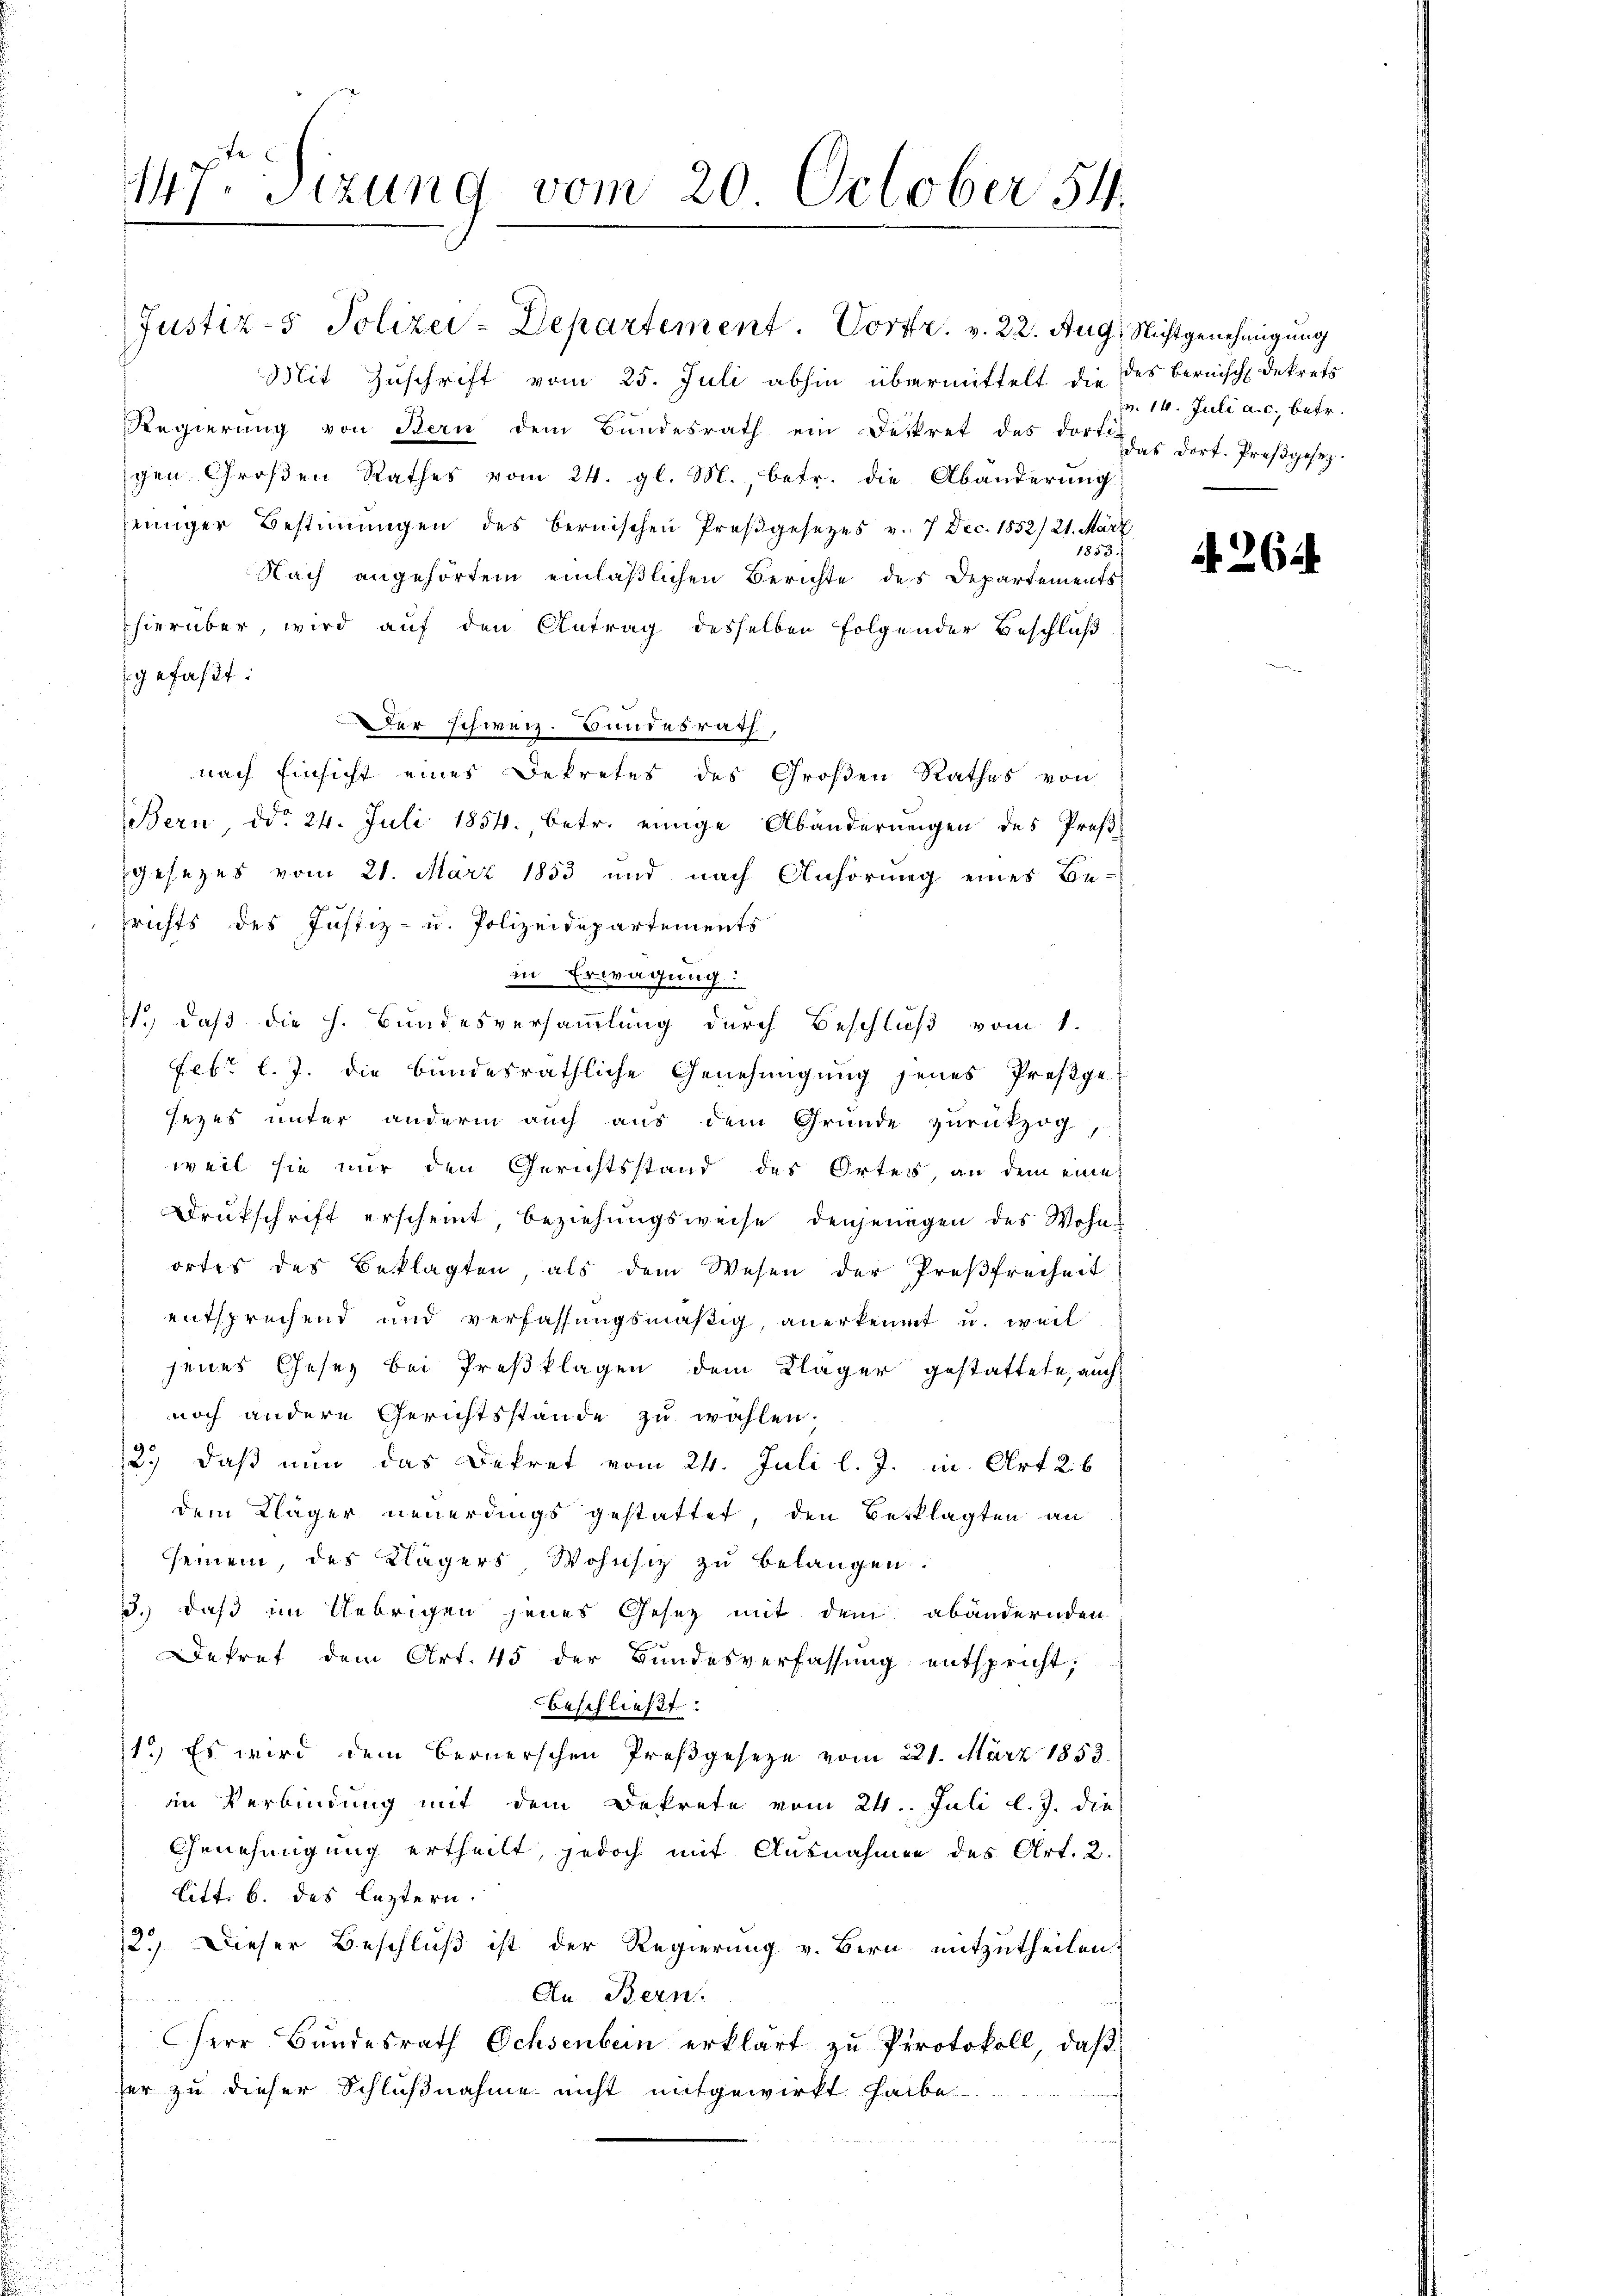
Justiz- & Polizei-Departement. Vortr. v. 22. Aug. Nichtgenehmigung
Mit Zuschrift vom 25. Juli abhin übermittelt die des bernisch Dekrets
Regierung von Bern dem Bundesrath ein Dekret des dorti
gen Großen Rathes vom 24. gl. M., betr. die Abänderung
jeniger Bestimmungen des bernischen Preßgesetzes v. 7 Dec. 1852/ 21. März
1853.
Nach angehörtem einläßlichen Berichte des Departements
hierüber, wird auf den Antrag desselben folgender Beschluß
gefaßt:
Der schweiz. Bundesrath,
nach Einsicht eines Dekretes des Großen Rathes von
Bern, ddo 24. Juli 1854. betr. einige Abänderungen des Preß
gesezes vom 21. März 1853 und nach Anhörung eines Be-
frichts des Justiz- u. Polizeidepartements
in Erwägung:
.) daß die h. Bundesversammlung durch Beschluß vom 1.
Febr. l. J. die bundesräthliche Genehmigung jenes Preßge
sezes unter anderm auch aus dem Gründe zurückzog
weil sie nur den Gerichtsstand des Ortes, an dem eines
Drukschrift erscheint beziehungsweise denjenigen des Wohnortes des Beklagten, als dem Wesen der Preßfreiheit
entsprechend und verfassungsmäßig, anerkennt u. weil
jenes Gesez bei Preßklagen dem Kläger gestattete, auch
noch andere Gerichtsstände zu wählen.
2.) daß nun das Dekret vom 24. Juli l. J. in Art 26
dem Kläger neuerdings gestattet, den Beklagten an
seinem, des Klägers Wohnsiz zu belangen.
3.) daß im Uebrigen jenes Gesetz mit dem abändernden
Dekret dem Art. 45 der Bundesverfassung entspricht,
beschließt:
1.) Es wird dem Bernerschen Preßgeseze vom 221. März 1853.
in Verbindung mit dem Dekrete vom 24. Juli l. J. die
Genehmigung ertheilt, jedoch mit Ausnahmen des Art. 2.
Litt. b. des leztern.
12.) Dieser Beschluß ist der Regierung v. Bern mitzutheilen.
An Bern.
Herr Bundesrath Ochsenbein erklärt zu Protokoll, daß
her zu dieser Schlußnahme nicht mitgewirkt habe.

147ten Sizung vom 20. October 54

v. 14. Juli a. c. betr.
das Dorf- Preßgesez.

A. 262.